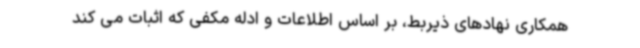
همکاری نهادهای ذیربط، بر اساس اطلاعات و ادله مکفی که اثبات می کند